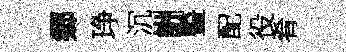
郷琤沉詶䜿配役肴